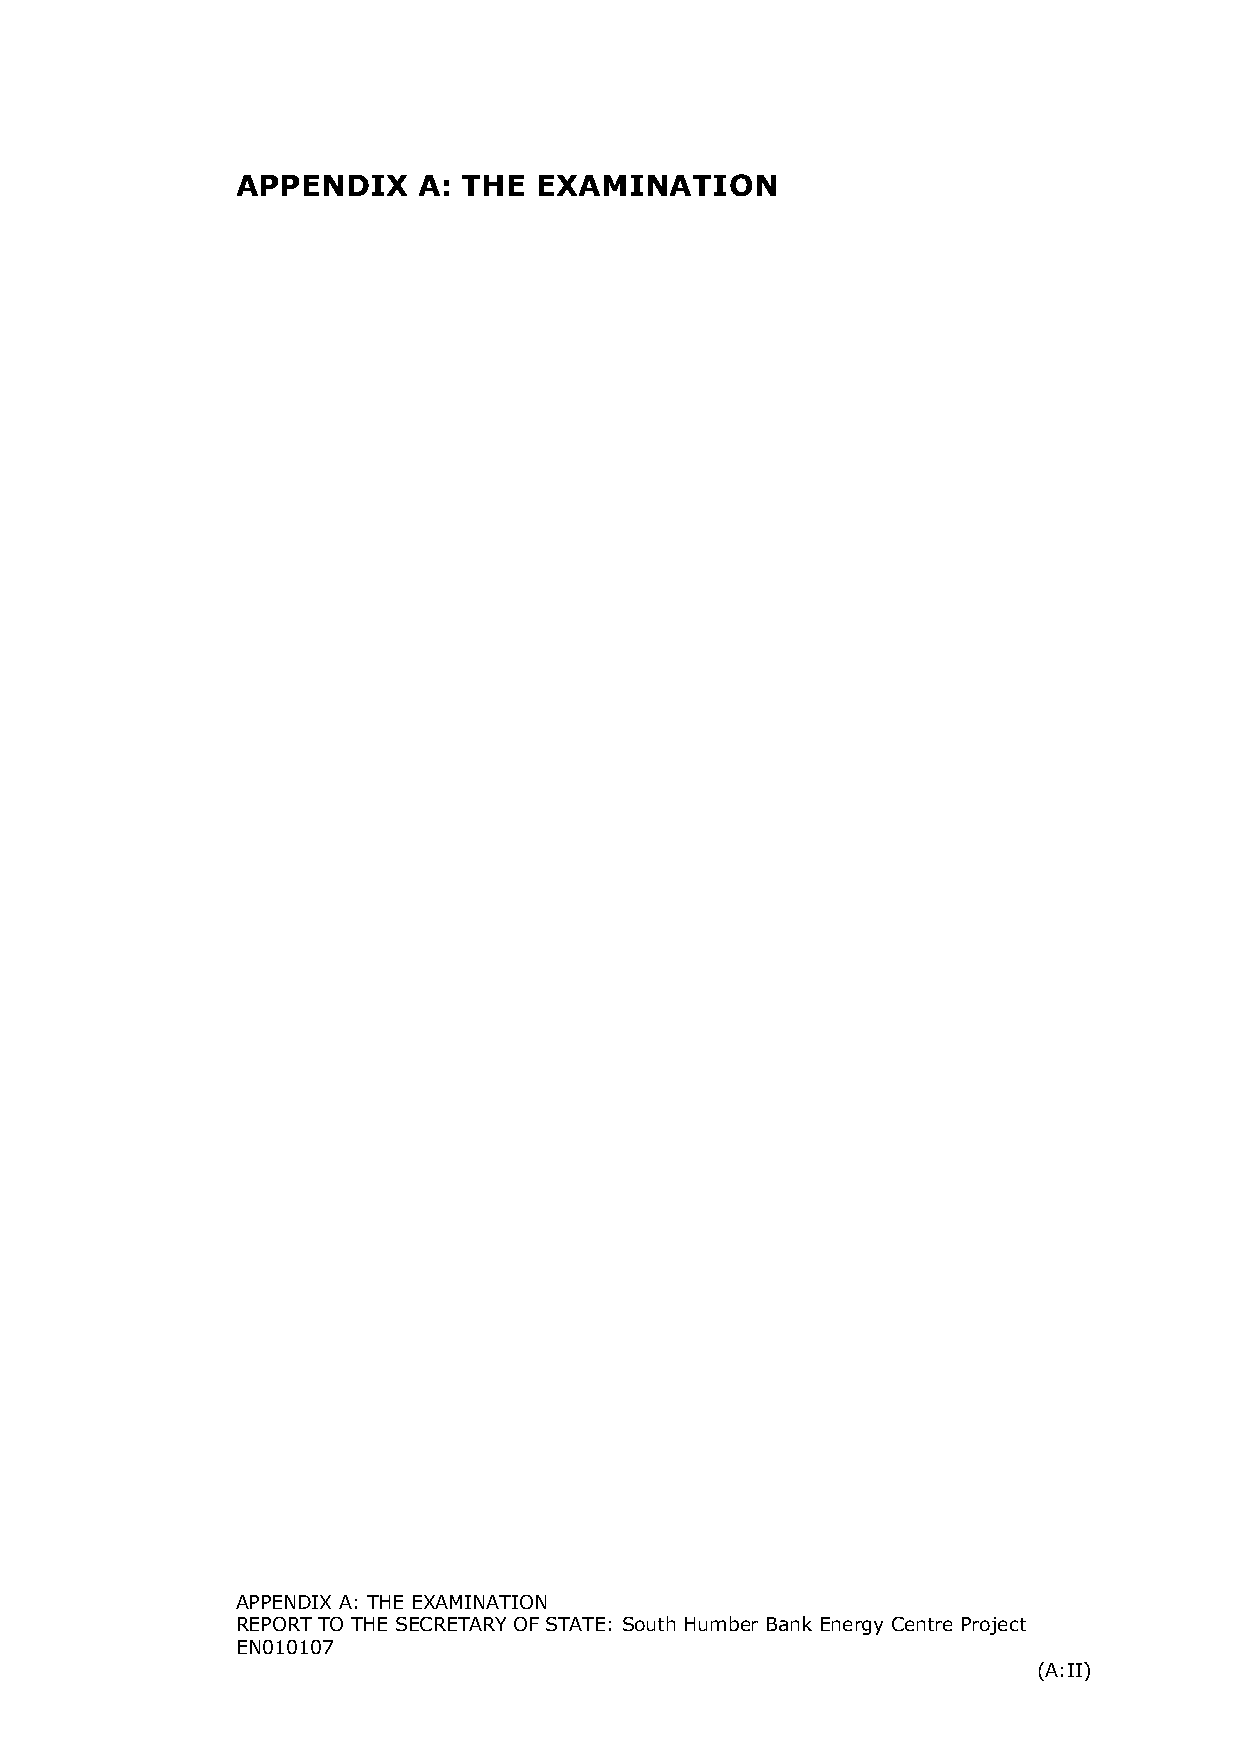
APPENDIX    A: THE  EXAMINATION
 APPENDIX A: THE EXAMINATION
 REPORT TO THE SECRETARY OF STATE: South Humber Bank Energy Centre Project
 EN010107
 (A:II)